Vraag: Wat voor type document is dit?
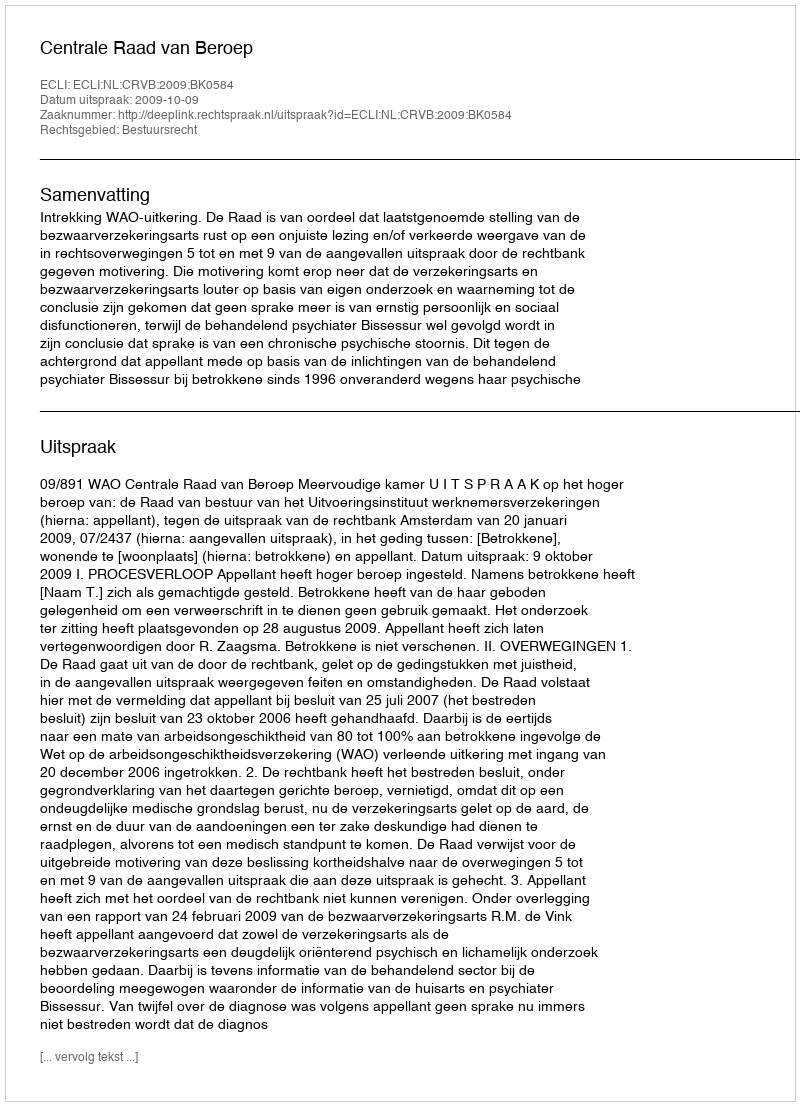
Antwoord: Uitspraak